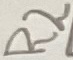
Text: R2